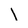
Character: l